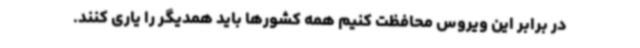
در برابر این ویروس محافظت کنیم همه کشورها باید همدیگر را یاری کنند.